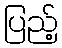
ပြည့်